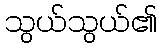
သွယ်သွယ်၏